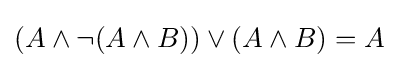
(A\land \neg (A\land B))\lor (A\land B)=A